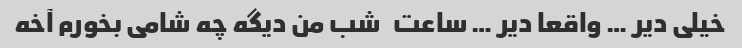
خیلی دیر … واقعا دیر … ساعت   شب من دیگه چه شامی بخورم آخه